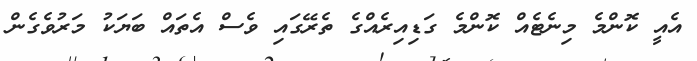
އެއީ ކޮންމެ މިނެޓެއް ކޮންމެ ގަޑިއިރެއްގެ ތެރޭގައި ވެސް އެތައް ބަޔަކު މަރުވެގެން